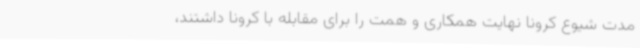
مدت شیوع کرونا نهایت همکاری و همت را برای مقابله با کرونا داشتند،